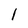
Character: l